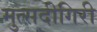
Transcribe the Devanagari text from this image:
मुत्सदीगिरी